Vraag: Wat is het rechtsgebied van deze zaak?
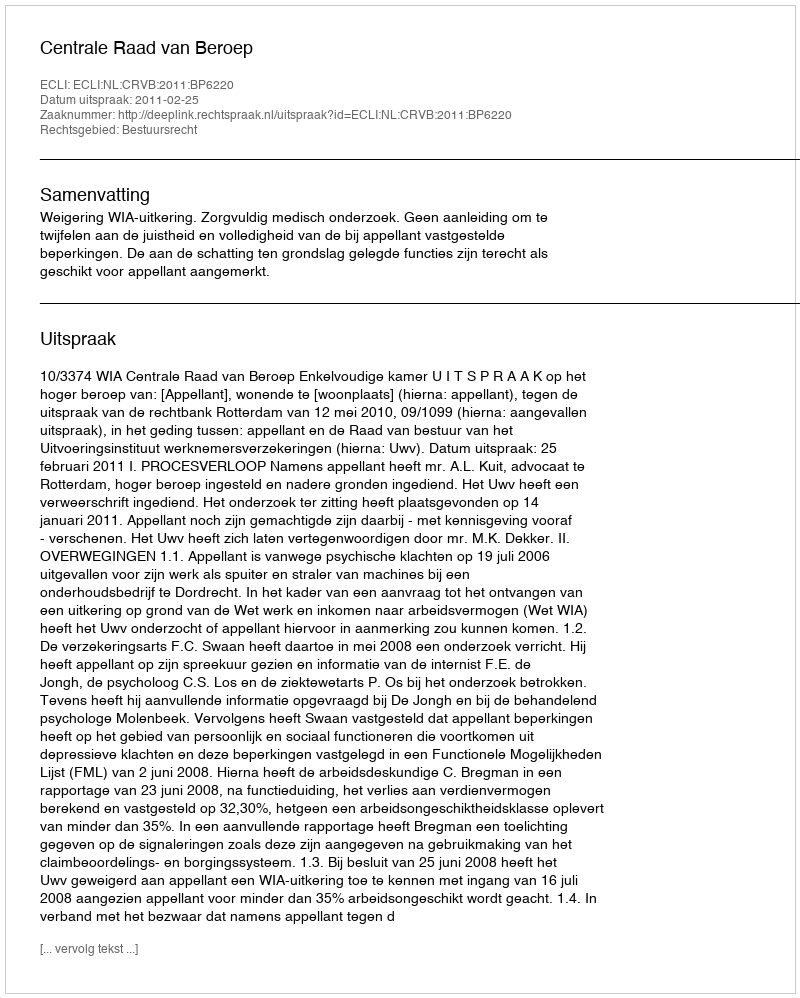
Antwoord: Bestuursrecht